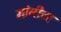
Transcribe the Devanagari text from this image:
मांनीटर